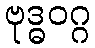
ဗုဒ္ဓဝဂ္ဂ